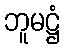
ဘူမဋ္ဌံ